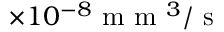
\times 1 0 ^ { - 8 } \mathrm { ~ m ~ m ~ } ^ { 3 } / \mathrm { ~ s ~ }